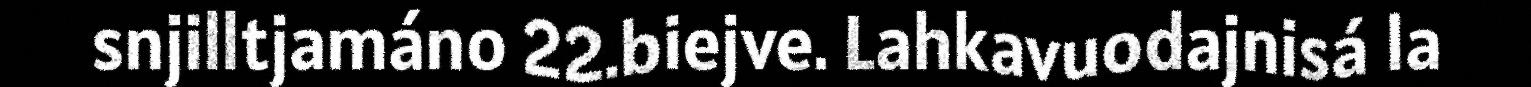
snjilltjamáno 22.biejve. Lahkavuodajnisá la